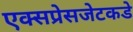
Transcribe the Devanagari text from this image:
एक्सप्रेसजेटकडे